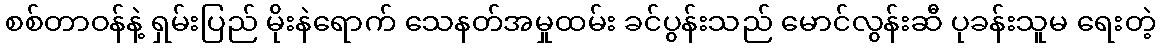
စစ်တာဝန်နဲ့ ရှမ်းပြည် မိုးနဲရောက် သေနတ်အမှုထမ်း ခင်ပွန်းသည် မောင်လွန်းဆီ ပုခန်းသူမ ရေးတဲ့